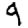
Digit: 9